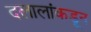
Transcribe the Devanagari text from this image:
दलालांकडून